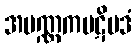
အပဏ္ဏကပဋိပဒံ